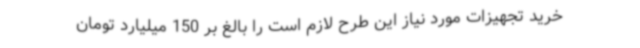
خرید تجهیزات مورد نیاز این طرح لازم است را بالغ بر 150 میلیارد تومان